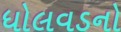
ધોલવડનો